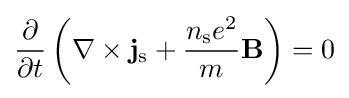
{\frac {\partial }{\partial t}}\left(\nabla \times \mathbf {j} _{\rm {s}}+{\frac {n_{\rm {s}}e^{2}}{m}}\mathbf {B} \right)=0